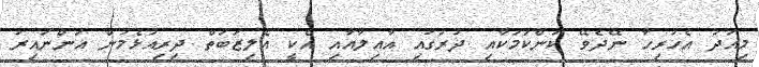
މިއަދު އެހުރިހާ ނޭދެވޭ ކަންކަމަކާއި ދުރުގައި އާއިލާއާއި އެކީ އެލިޒަބަތް ދިރިއުޅެމުން އަންނައިރު